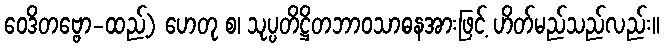
ဝေဒိတဗ္ဗော-ထည့်) ဟေတု စ၊ သုပ္ပတိဋ္ဌိတဘာဝသာဓနအားဖြင့် ဟိတ်မည်သည်လည်း။